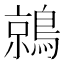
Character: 鶁